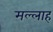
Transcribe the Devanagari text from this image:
मल्‍लाह